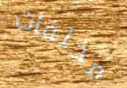
مخلفات